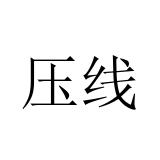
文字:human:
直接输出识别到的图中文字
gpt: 压线